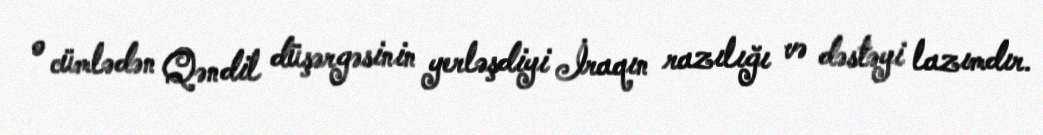
o cümlədən Qəndil düşərgəsinin yerləşdiyi İraqın razılığı və dəstəyi lazımdır.